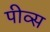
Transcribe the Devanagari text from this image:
पीव्स